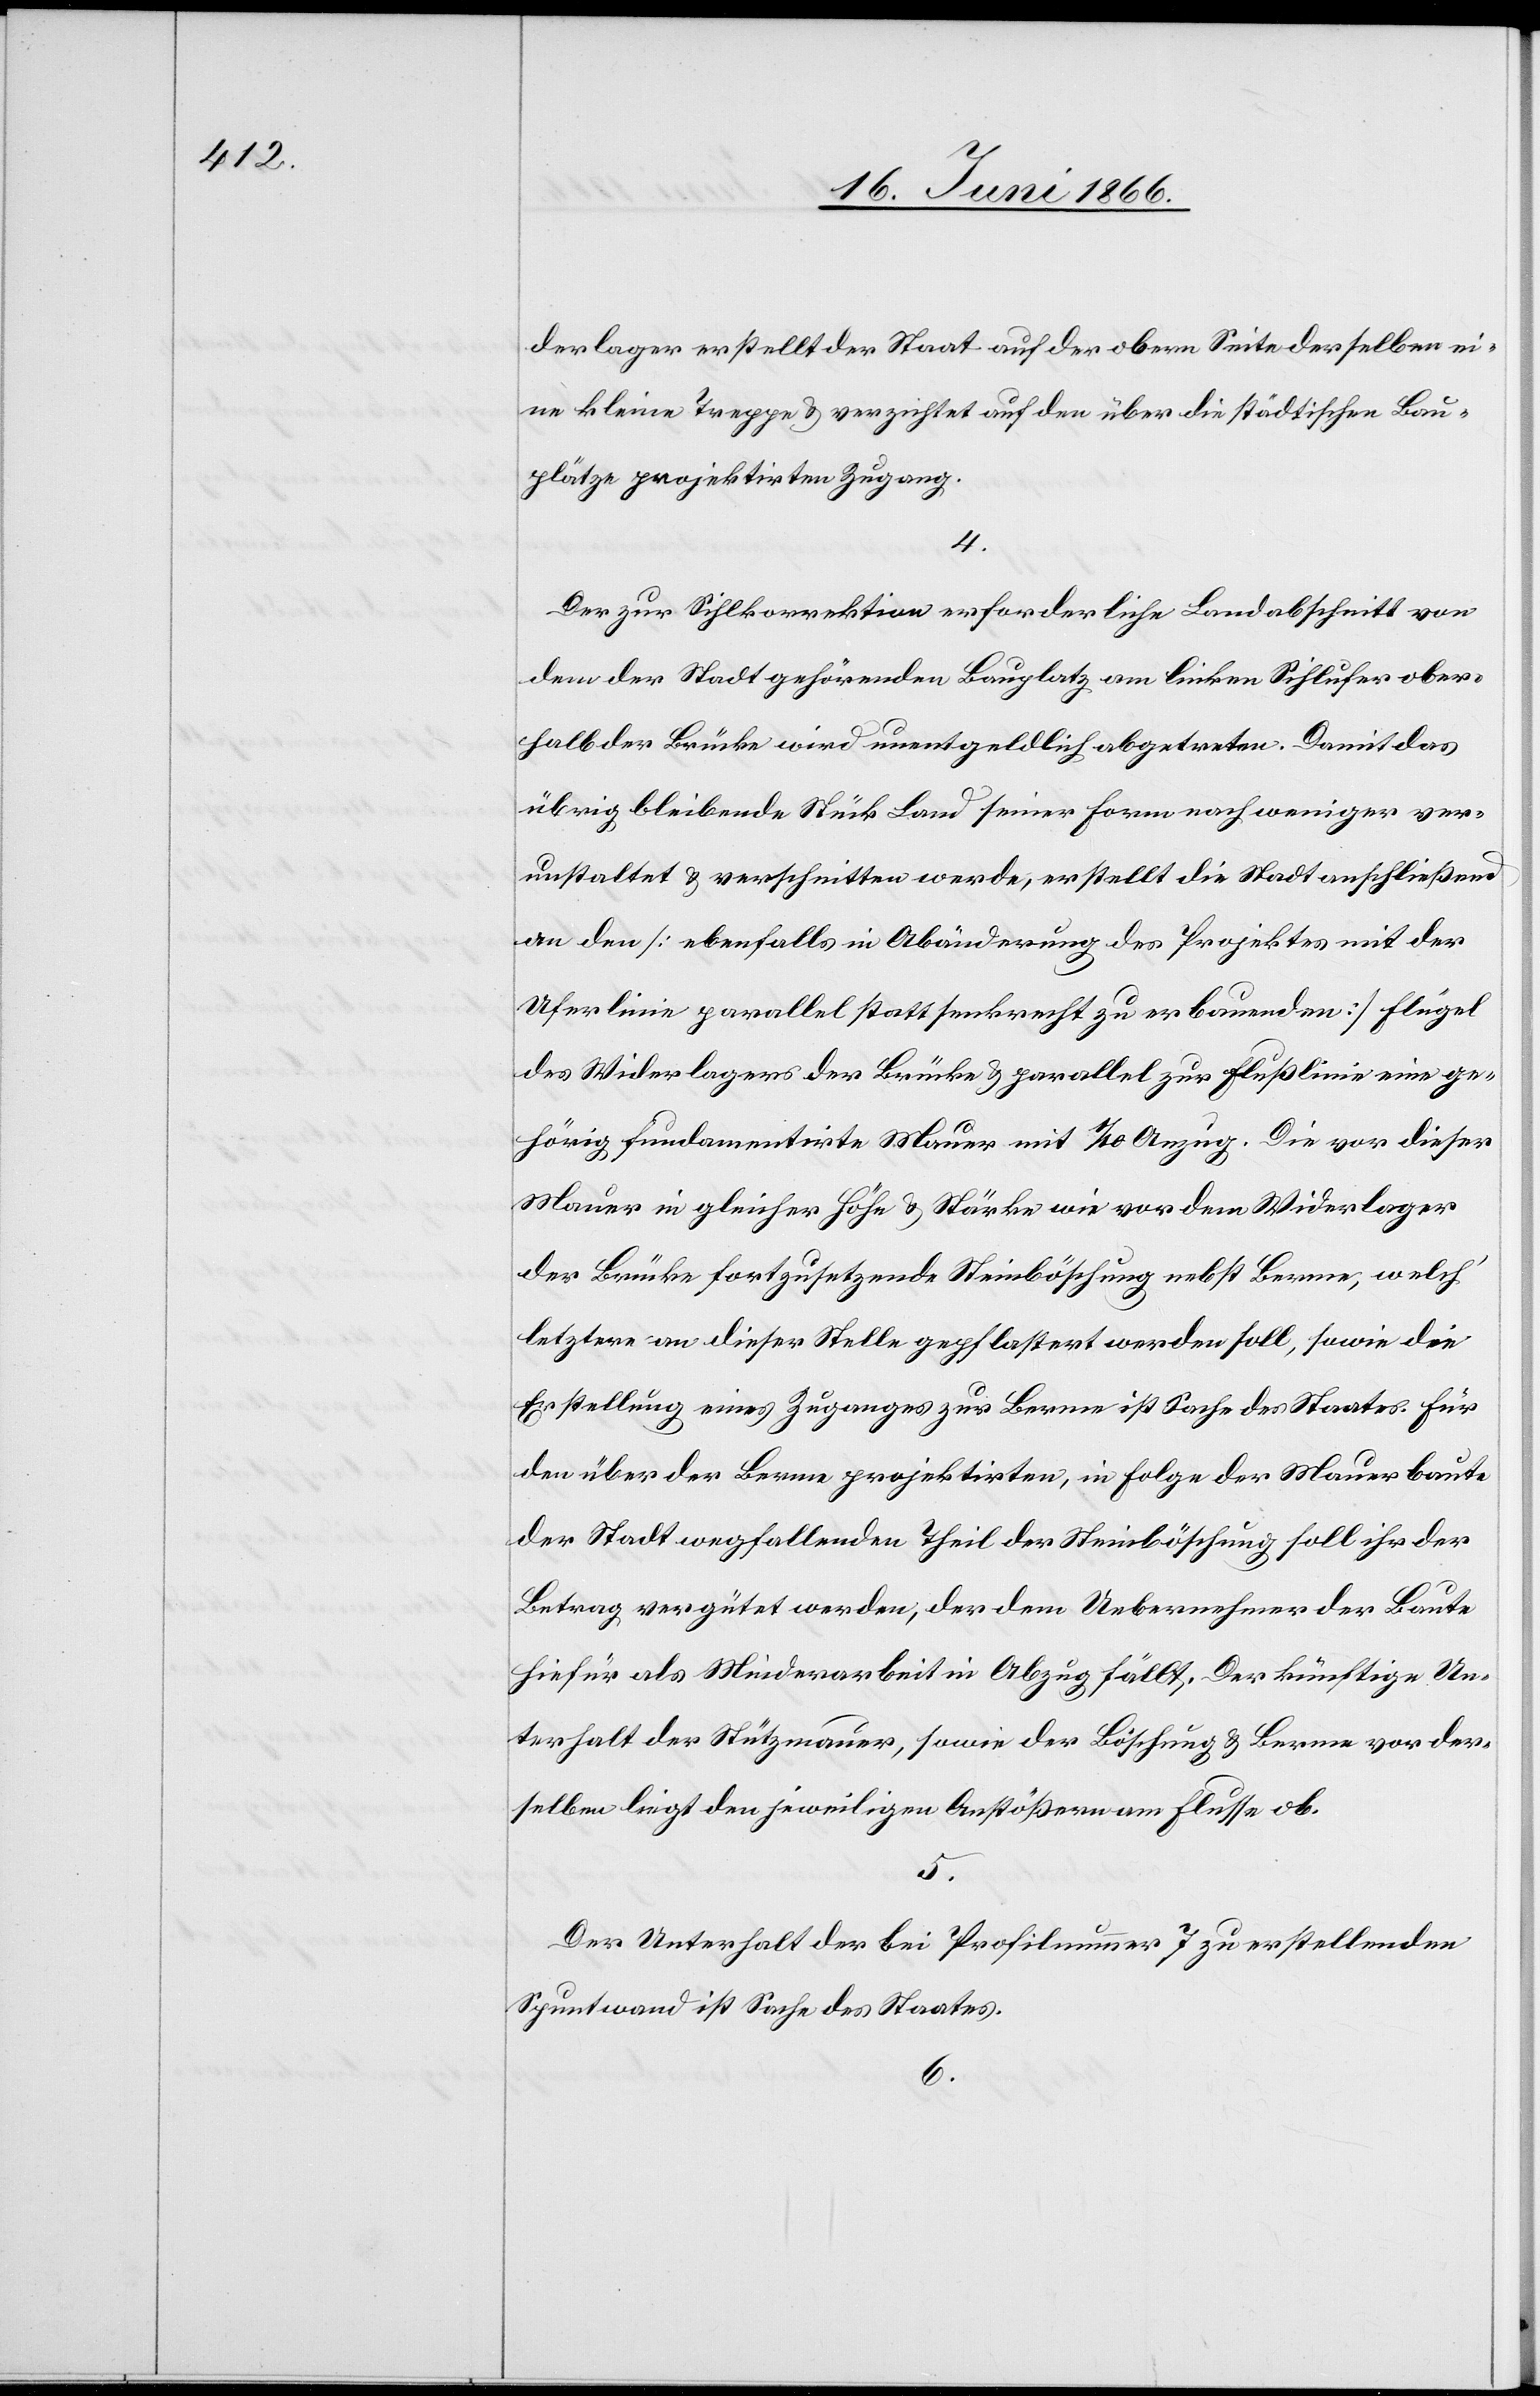
derlager erstellt der Staat auf der obern Seite derselben ei¬
ne kleine Treppe u. verzichtet auf den über die städtischen Bau¬
plätze projektirten Zugang.
4.
Der zur Sihlkorrektion erforderliche Landabschnitt vor
dem der Stadt gehörenden Bauplatz am linken Sihlufer ober¬
halb der Brücke wird unentgeltlich abgetreten. Damit das
übrig bleibende Stück Land seiner Form nach weniger ver¬
unstaltet u. verschnitten werde, erstellt die Stadt anschließend
an den [ebenfalls in Abänderung des Projektes mit der
Uferlinie parallel statt senkrecht zu erbauenden] Flügel
des Widerlagers der Brücke u. parallel zur Flußlinie eine ge¬
hörig fundamentirte Mauer mit 1/10 Anzug. Die vor dieser
Mauer in gleicher Höhe u. Stärke wie vor dem Widerlager
der Brücke fortzusetzende Steinböschung nebst Berme, welch‘
letztere an dieser Stelle gepflastert werden soll, sowie die
Erstellung eines Zugang zur Berme ist Sache des Staates. Für
den über der Berme projektirten, in Folge der Mauerbaute
der Stadt wegfallenden Theil der Steinböschung soll ihr der
Betrag vergütet werden, der dem Uebernehmer der Baute
hiefür als Minderarbeit in Abzug fällt. Der künftige Un¬
terhalt der Stützmauer, sowie der Böschung u. Berme vor der¬
selben liegt den jeweiligen Anstößern am Flusse ob.
5.
Der Unterhalt der bei Profilnummer 7 zu erstellenden
Spuntwand ist Sache des Staates.
6.